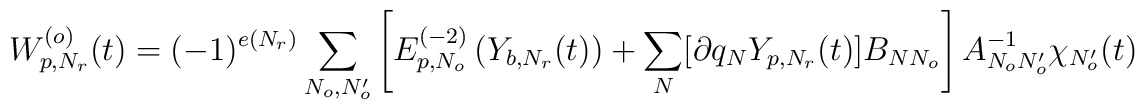
W_{p,N_r}^{(o)}(t)=(-1)^{e(N_r)}\sum_{N_o,N_o'}\left[E_{p,N_o}^{(-2)}\left(Y_{b,N_r}(t)\right)+\sum_N [\partial q_NY_{p,N_r}(t)]B_{NN_o}\right]A_{N_oN_o'}^{-1}\chi_{N_o'}(t)